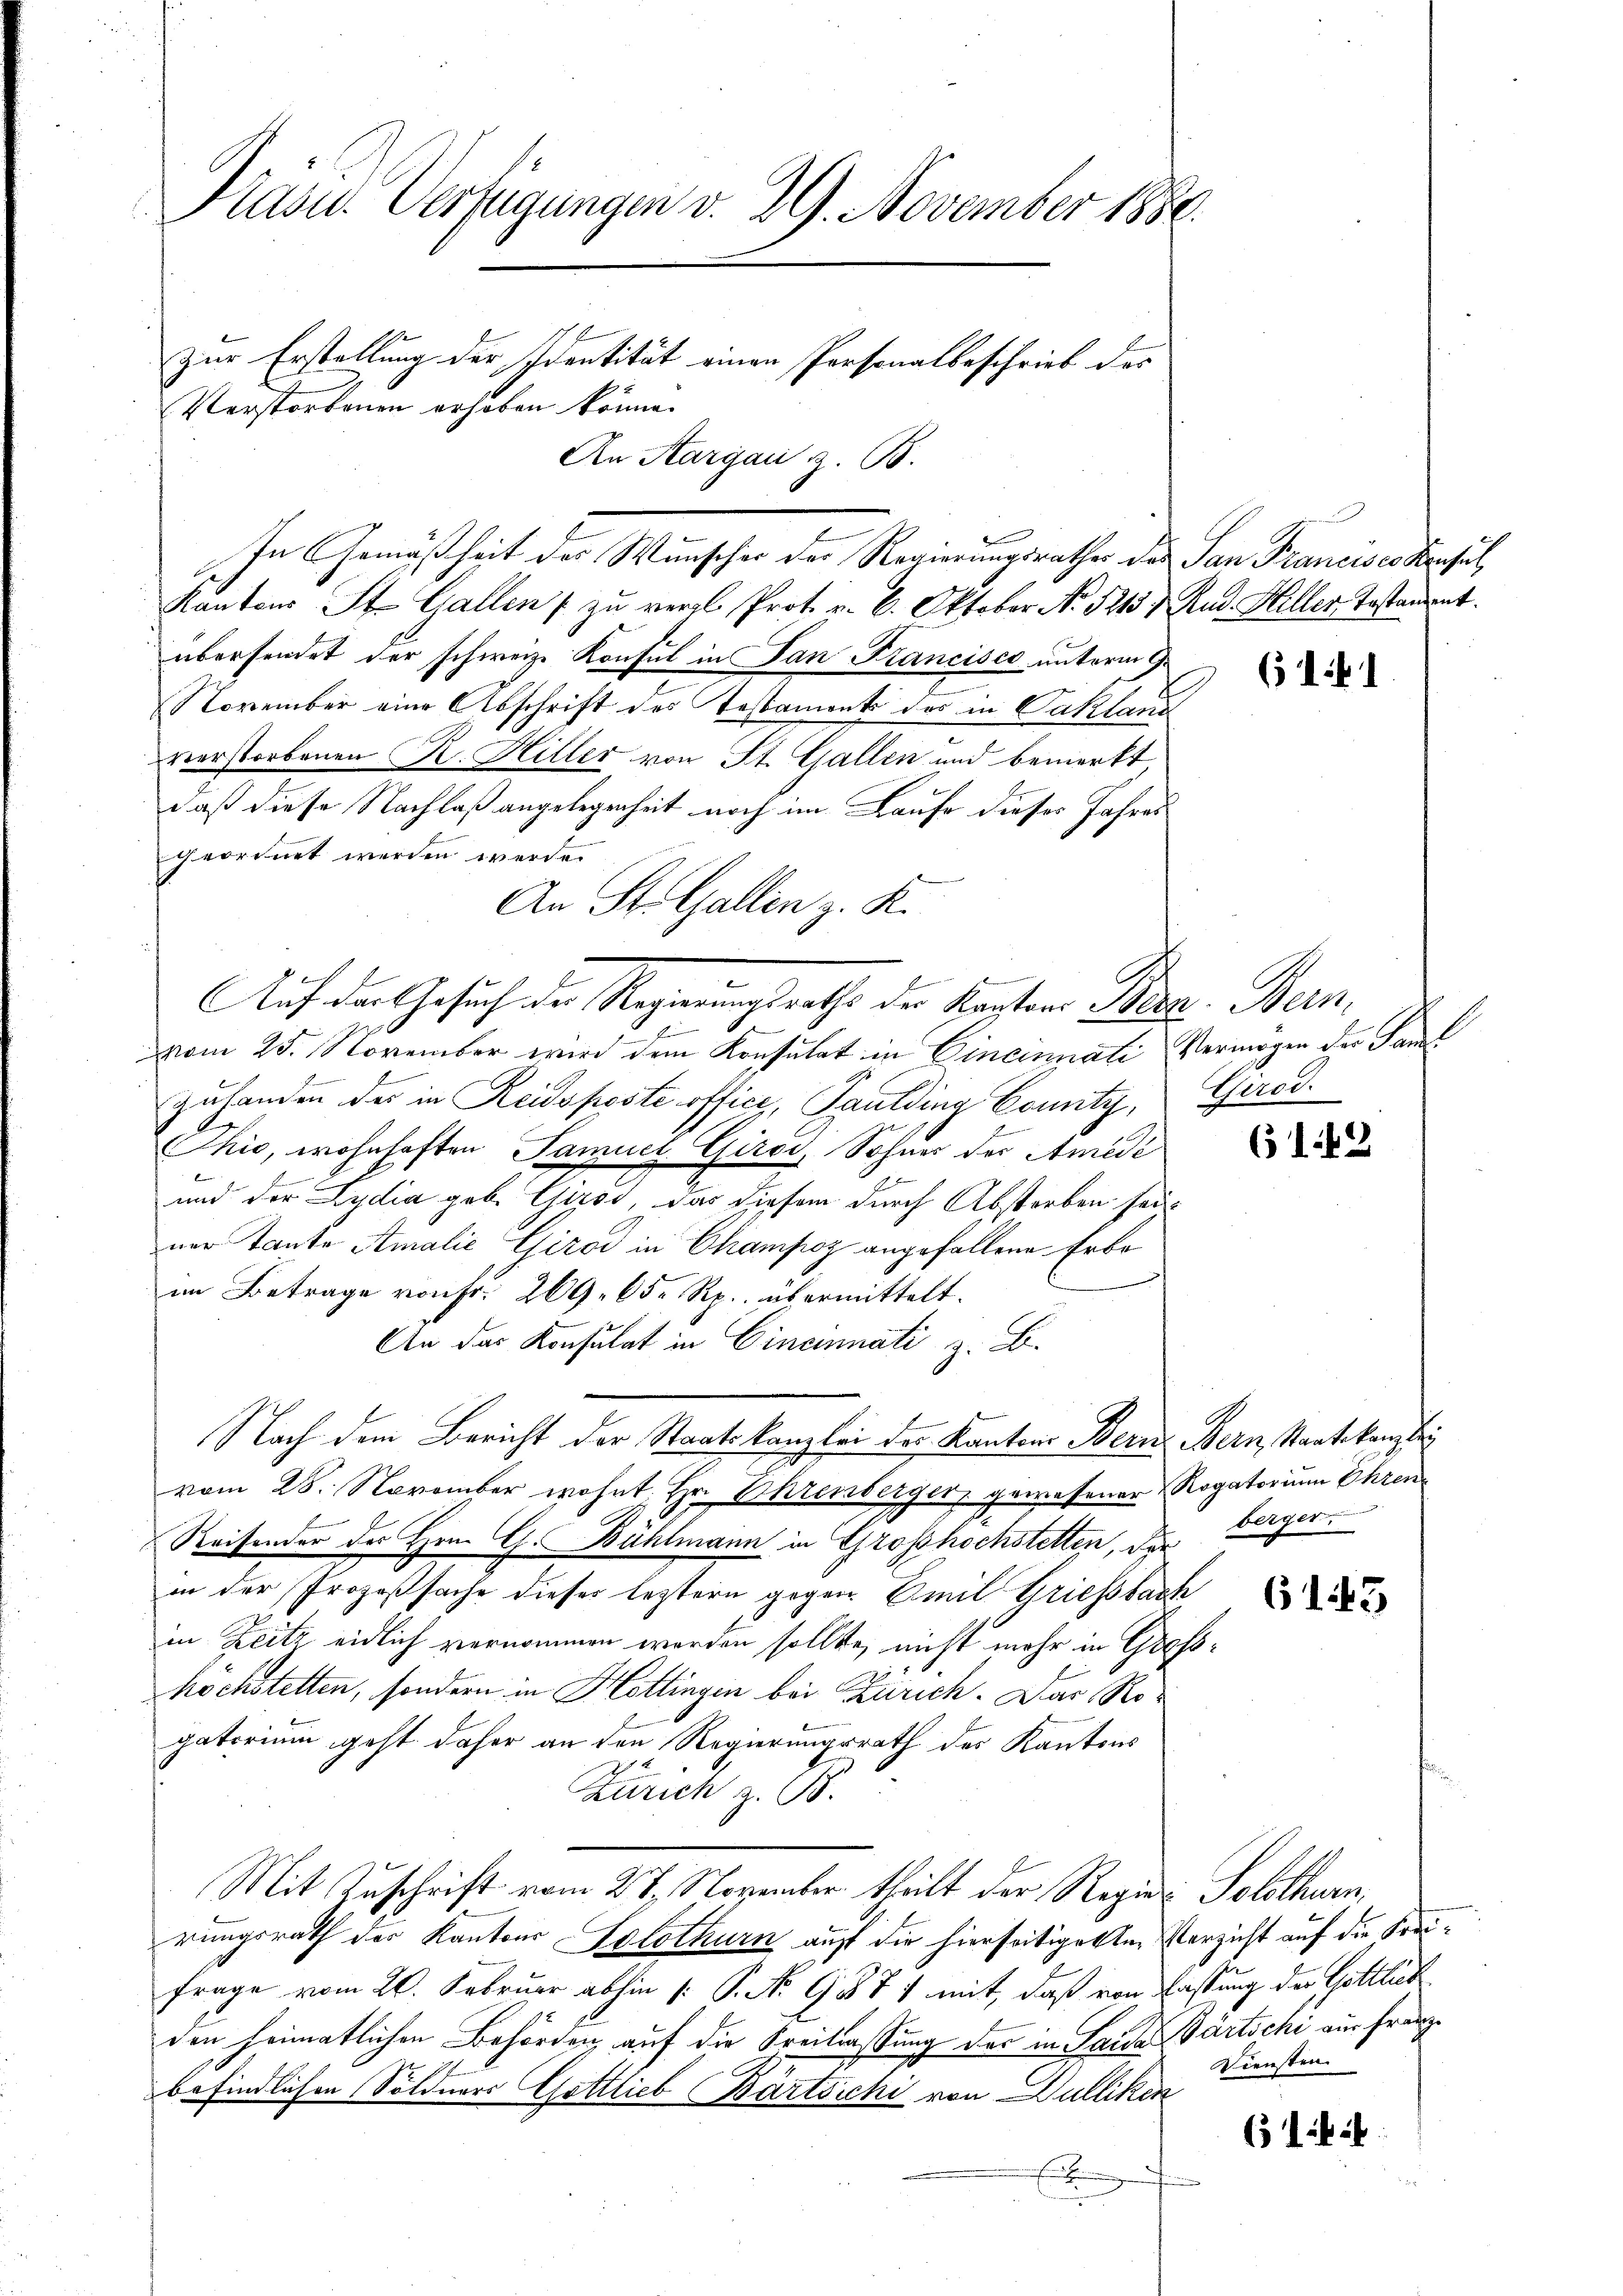
Präsid.. Verfügungen v. 29. November 1880.
Zur Erstellung der Identität einen Personalbeschrieb des
Verstorbenen erhoben könne.
An Aargau z. B.

b
Kantons St. Gallen zu vergl. Prot. v. 6. Oktober No. 5213 f. Rud. Hiller Testament.
übersendet der schweiz. Konsul in San Francisco unterm 9.
November eine Abschrift des Testaments des in Vakland
verstorbenen R. Hiller von St. Gallen und bemerkt
daß diese Nachlaß angelegenheit noch im Laufe dieses Jahres
geordnet werden werde.
An St. Gallen z. K.
Auf der Gesuch der Regierungsrathe der Kaptone Seen. Bern,
vom 25. November wird dem Konsulat in Cincennati Vermögen der Saml
Zuhanden der in Reidsposte offici, Paulding Comitz, Gerod
Thio, wohnhaften Samuel Girod, Sohnes der Amede
und der Lydia geb. Girod, das diesem durch Abstorben sei
ner Tante Amalie Girod in Champoz angefallene Erboim Betrage von Fr. 269. 65 Rp. übermittelt.
An das Konsulat in Cincinnati z. B.
Nach dem Bericht der Staatskanzlei der Kantons Bern Bern, Staatskanzlei
vom 28. November wohnt, Hr. Ohrenberger, gewesener Rogatorium Ehren
Reisender des Hrn. G. Bühlmann in Grosshöchstetten, die Berger
in der Prozeßsache dieses leztern gegen Emil Griesbach
in Zeitz eidlich vernommen werden sollte, nicht mehr in Gese
hochstetten, sondern in Hottingen bei Zürich. Das Rogatorium geht daher an den Regierungsrath des Kantons
Zürich z. B.
Mit Zuschrift vom 27. November theilt der Regier Solothurn,
rungsrath der Kantons Solothurn auf die hierseitiget in Verzicht auf die Frei¬
Frage vom 20. Februar abhin /: P. Nr. 9871 mit, daß von Fassung der Gottlich
den heimatlichen Behörden auf die Freitassung des in Sara Partschi aus Franzbefindlichen Söldners Gottlieb Bärtsichi von Dulliken
E

In Gemäßheit der Wunscher der Regierungsrathes das San Francisco Konsul

A.

(141

(142

61. 43

Diensten

1.

(12